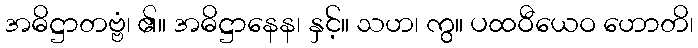
အဓိဋ္ဌာတဗ္ဗံ၊ ၏။ အဓိဋ္ဌာနေန၊ နှင့်။ သဟ၊ ကွ။ ပထဝီယေဝ ဟောတိ၊